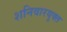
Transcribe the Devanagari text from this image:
शनिवारयुक्त